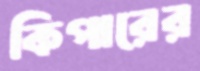
কিপারের